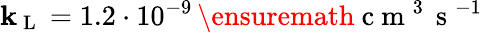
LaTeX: \mathbf{k}_{\mathrm{{~L~}}}=1.2\cdot10^{-9}\, \ensuremath{{\mathrm{{~c~m~}}^{3}\, \mathrm{{~s~}}^{-1}}}